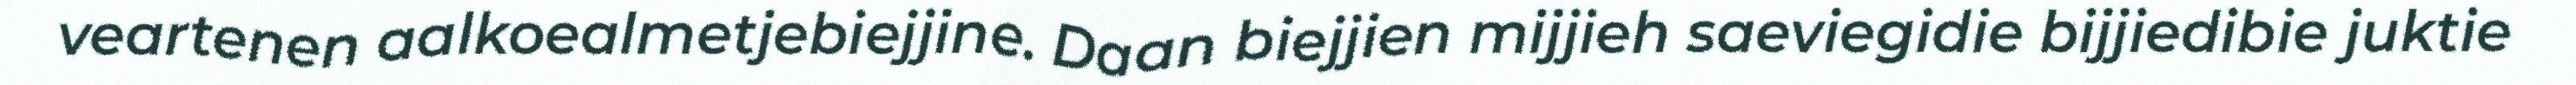
veartenen aalkoealmetjebiejjine. Daan biejjien mijjieh saeviegidie bijjiedibie juktie